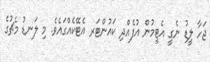
ޖަހާ ލީޑު ނެގީ އެޓީމުން އުފެއްދި ކައުންޓަރ އެޓޭކެއްގައެވެ. މި ލަނޑު މެޗުގެ